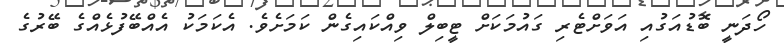
ހޯދަނީ ބޮޑުއަގުއި އަވަށްޓެރި ގައުމަކަށް ޓީބިލް ވިއްކައިގެން ކަމަށެވެ. އެކަމަކު އެއްބޭފުޅެއްގެ ބޭރުގެ